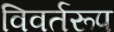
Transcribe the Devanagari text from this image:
विवर्तरूप